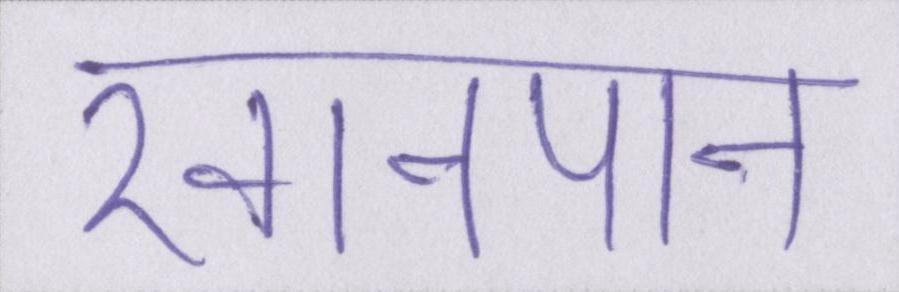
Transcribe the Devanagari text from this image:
खानपान